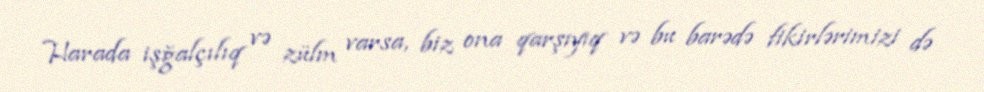
Harada işğalçılıq və zülm varsa, biz ona qarşıyıq və bu barədə fikirlərimizi də